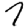
Digit: 7